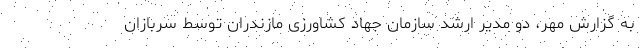
به گزارش مهر، دو مدیر ارشد سازمان جهاد کشاورزی مازندران توسط سربازان